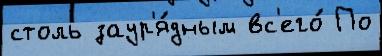
столь заур'я́дным вс'его́ По